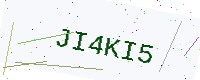
Text: JI4KI5